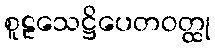
စူဠသေဋ္ဌိပေတဝတ္ထု